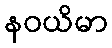
နဝယိမာ